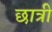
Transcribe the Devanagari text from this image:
छात्री